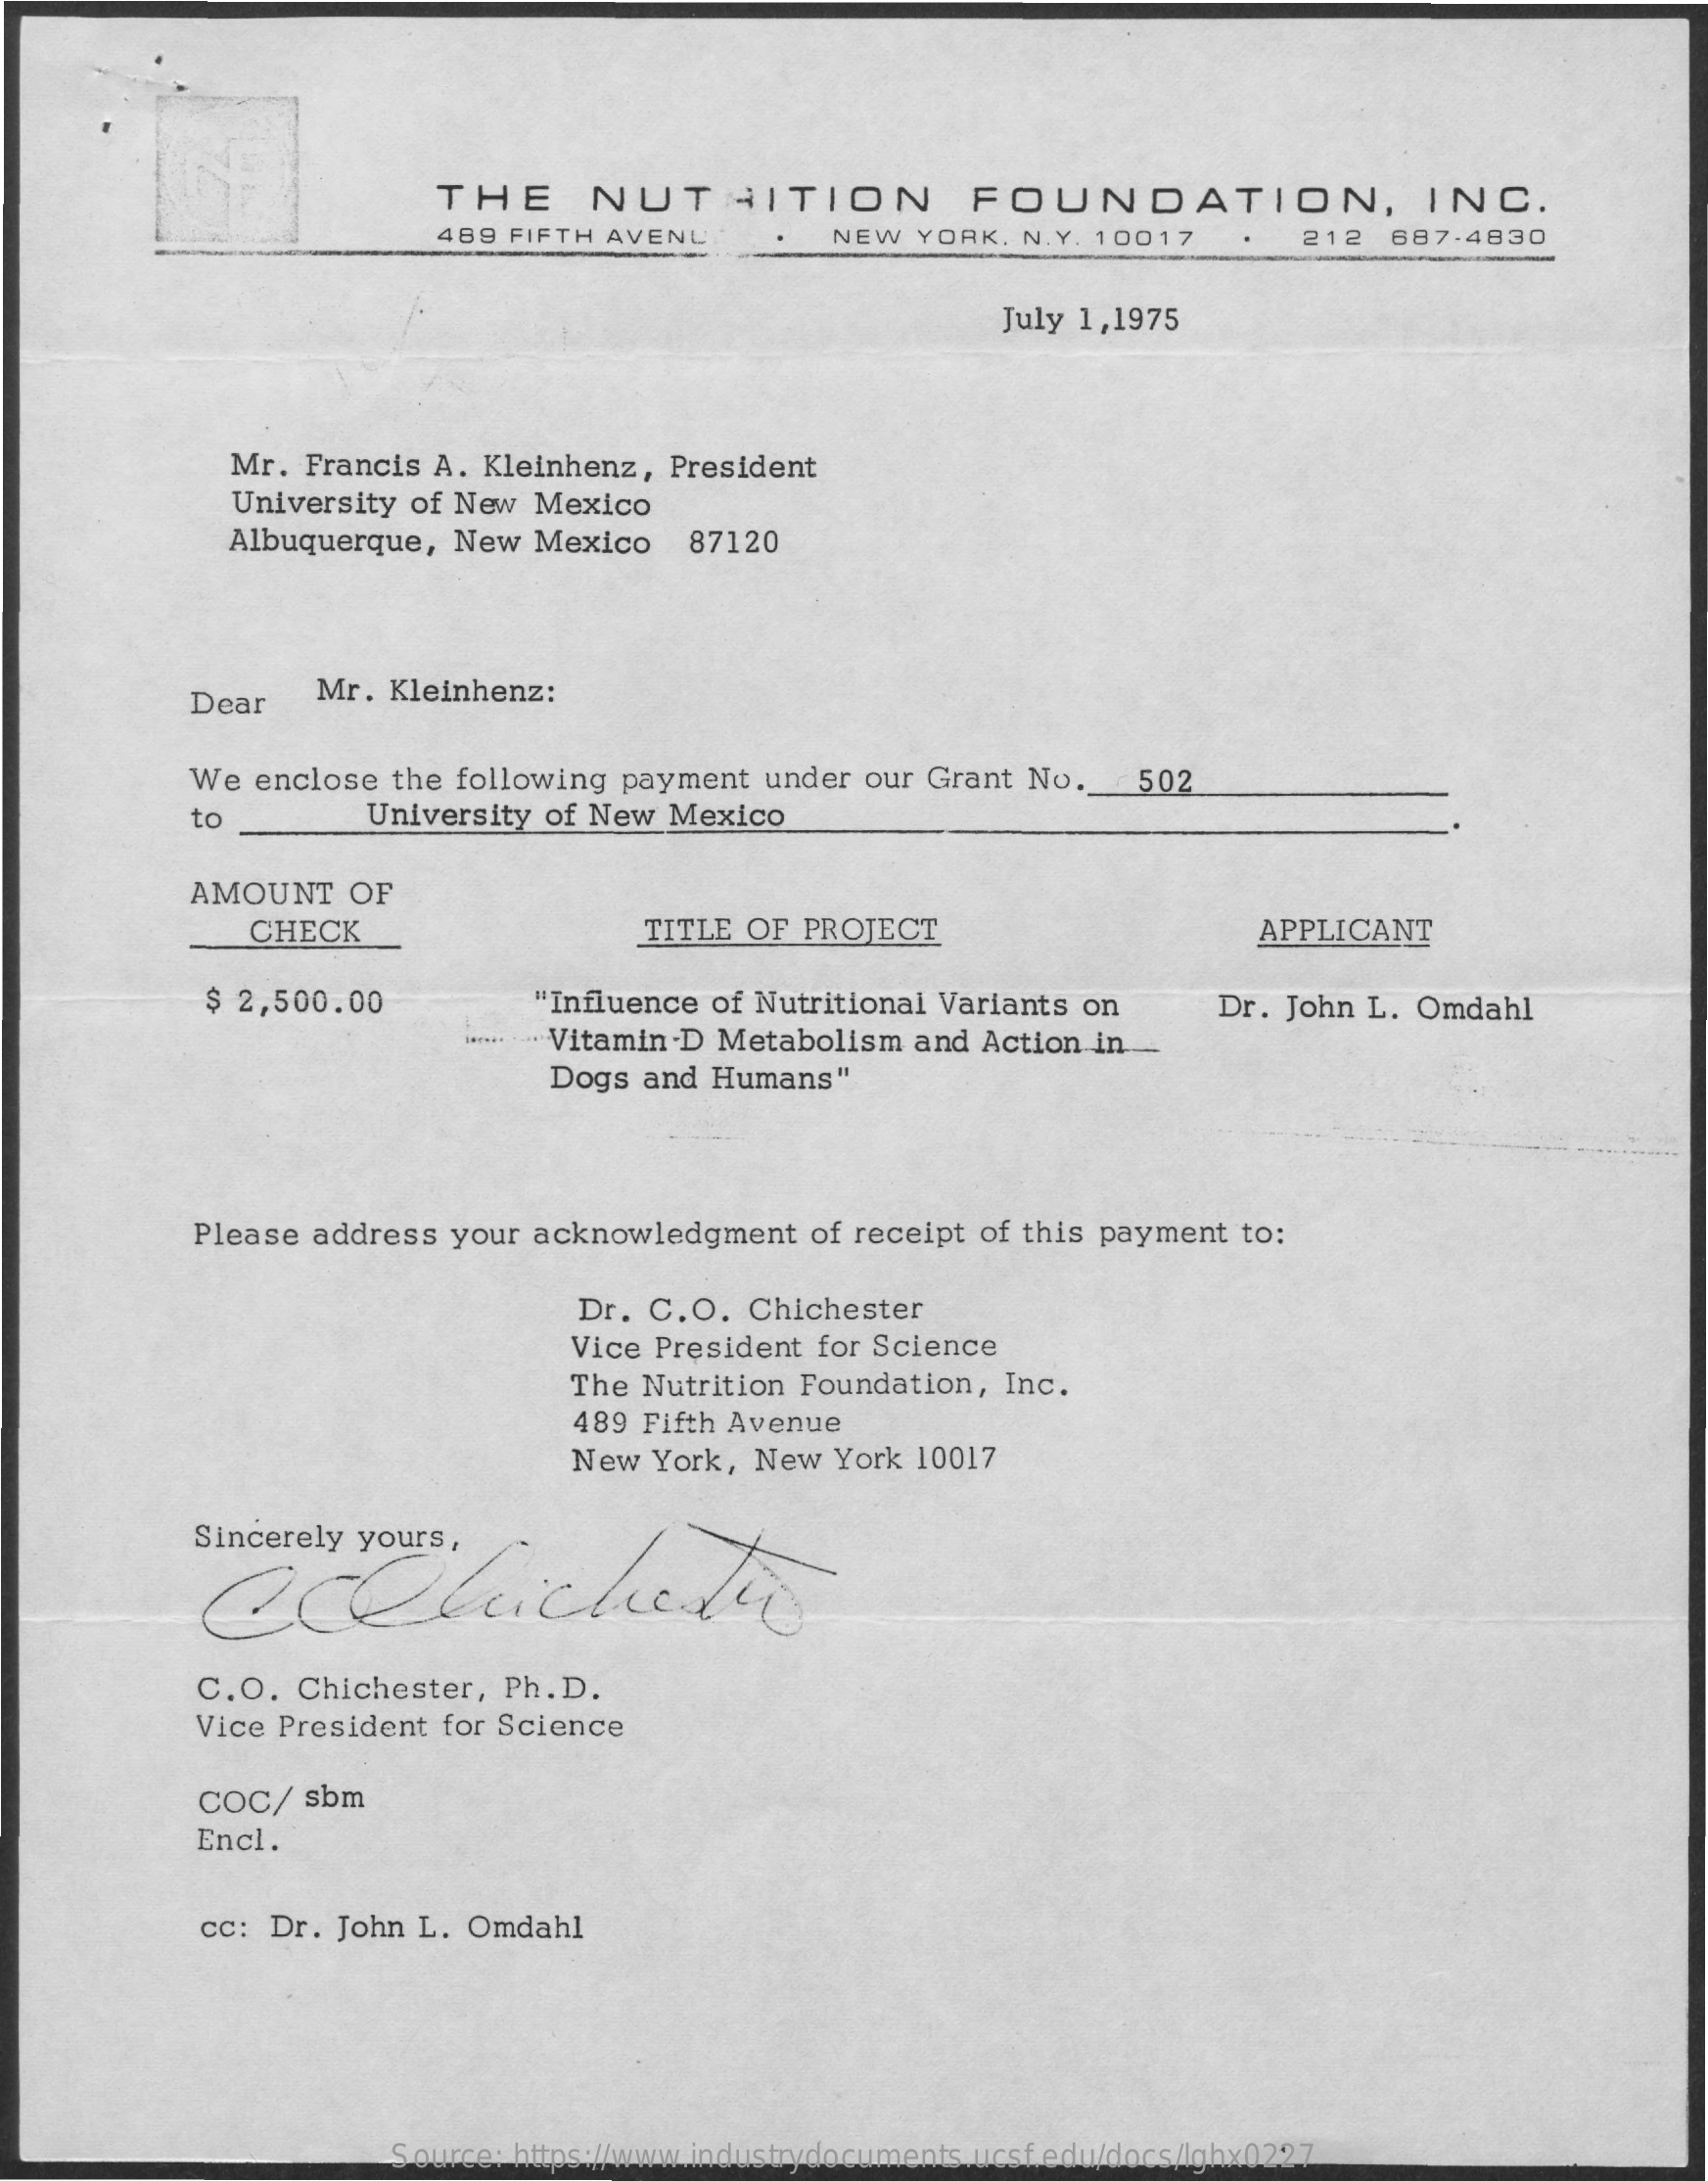
THE    NUTRITION    FOUNDATION,    INC.
     489 FIFTH AVENL    NEW   YORK. N.Y. 10017    212  687-4830
     July 1,1975
     Mr. Francis  A. Kleinhenz,  President
     University of New  Mexico
     Albuquerque,  New  Mexico    87120
     Dear    Mr.  Kleinhenz:
     We  enclose  the following  payment  under our Grant  No.    502
     to    University of New  Mexico
     AMOUNT    OF
     CHECK    TITLE OF PROJECT    APPLICANT
     $ 2,500.00    "Influence  of Nutritional Variants on
     ....... ... Vitamin-D Metabolism and Action in
     Dr. John L.  Omdahl
     Dogs  and Humans"
     Please address  your acknowledgment    of receipt of this payment to:
     Dr. C.O.   Chichester
     Vice President for Science
     The Nutrition Foundation,  Inc.
     489 Fifth Avenue
     New  York, New  York  10017
     Sincerely yours,
     C.O.  Chichester,  Ph. D.
     Vice President for Science
     COC/   sbm
     Encl.
     cc: Dr. John  L. Omdahl
     Source: https://www.industrydocuments.ucsf.edu/docs/lghx0227